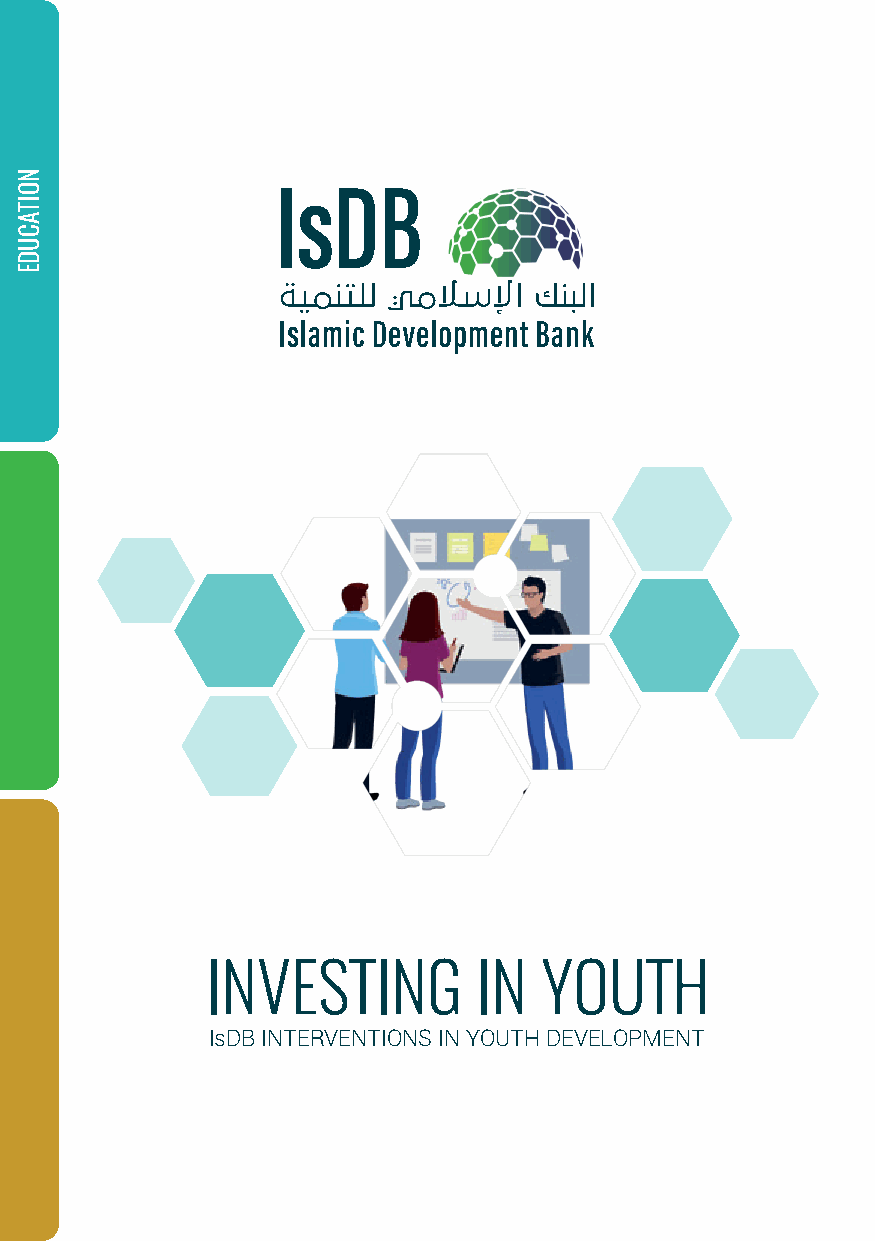
ISLAMIC DEVELOPMENT BANK-BANGLADESH ISLAMIC SOLIDARITY EDUCATIONAL WAQF (ISDB-BISEW) 1
 8111 King Khalid St.
 AI Nuzlah AI Yamania Dist.
 Unit No. 1 Jeddah 22332-2444
 Kingdom of Saudi Arabia
 (+966-12) 636 1400
 (+966-12) 636 6871
 www.isdb.org
 INVESTING         IN  YOUTH
 Women & Youth Empowerment Division
 Resilience & Social Development Department
 WYE@isdb.org  IsDB INTERVENTIONS IN YOUTH DEVELOPMENT
 Islamic Finance Investment Division
 Islamic Financial Sector Development Department
 ifi@isdb.org
 NOITACUDE
 NOITACUDE